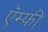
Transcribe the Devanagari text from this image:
ऍम्फी